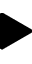
\blacktriangleright